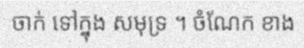
ចាក់ ទៅក្នុង សមុទ្រ ។ ចំណែក ខាង